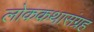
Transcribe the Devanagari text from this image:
लोककथासंग्रह